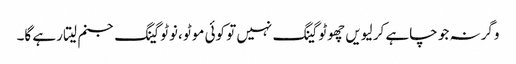
وگرنہ جو چاہے کر لیویں چھوٹو گینگ نہیں تو کوئی موٹو ،نوٹو گینگ جنم لیتا رہے گا۔